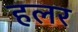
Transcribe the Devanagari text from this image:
हलर